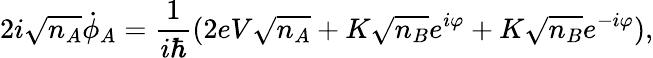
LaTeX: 2i{\sqrt{n_{A}}}{\dot{\phi}}_{A}={\frac{1}{i\hbar}}(2eV{\sqrt{n_{A}}}+K{\sqrt{n_{B}}}e^{i\varphi}+K{\sqrt{n_{B}}}e^{-i\varphi}),